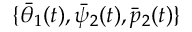
\{ \bar { \theta } _ { 1 } ( t ) , \bar { \psi } _ { 2 } ( t ) , \bar { p } _ { 2 } ( t ) \}